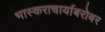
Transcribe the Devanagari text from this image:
भास्कराचार्याबरोबर